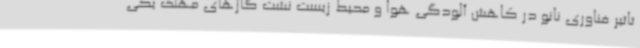
تاثیر فناوری نانو در کاهش آلودگی هوا و محیط زیست نشت گازهای مهلک یکی